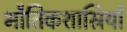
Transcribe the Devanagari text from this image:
भौतिकशास्रियों